Lunatic asylums Madras 1892-1911 - 1892-1911
Year: 1892
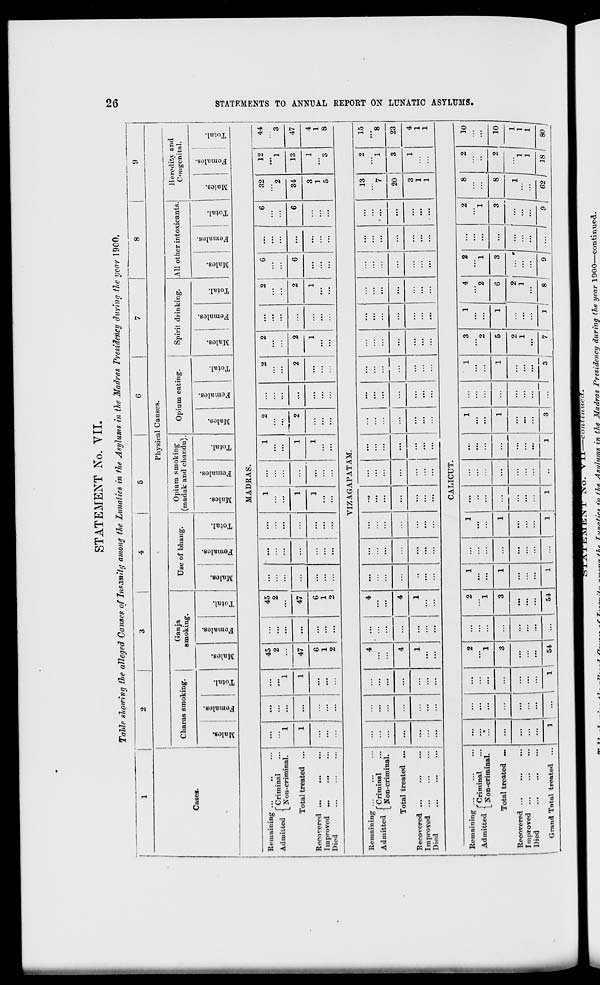
STATEMENT No. VII.
Tahle showing the alleged Causes of Ins an it if among the Lunatics in the Asylums in the Madras Presidency during the year 1900,
8
f
9
to
Physical Causes.
Charas smoking 1 .
Ganja
smoking
Use of bhang.
Opium smoking
(madak and chandu).
Opium eating.
Spirit drinking.
All other intoxicants.
Heredity and
Congenital.
Cases.
m
■
.
DO
m
CO
CO
. |
00
m
o
o
O
o
o
<D
oo
"5
DO
eS
•
CD
"5
_;
DO
a
•
DO
cS
CO
cj
DO
ce
DO
"a
-a
.
2
o
d
V
"3
S
o
d
o
"3
1
d
o
O
a
d
-3
6
co"
o
'S
6
<0
c5
O
C
13
0
D
d
O
"3
S 1 -S
o
o
3
fe
H
8
fa
H
a fa EH 8 fa EH r* fa £H r3 i fa H S fa EH S fa H
MADRAS.
oo
f3
E»
>-3
SJ
H
re
a
ID
t-3
©
d
►
w
w
o
Si
i-3
O
a
•-3
r"
08
riminal
on-criminal.
Remaining
Admitted \ v
Total treated
Recovered ...
Improved ...
Died
45
45
1- ...
1
...
1
2
2
2
2
6
6
32
12
2
2
...
...
1
...
1
...
...
...
...
...
...
...
...
2
...
...
...
...
...
...
2
1
1
...
1
47
...
47
...
...
1
...
1
...
2
2
1
2
6
...
6
34
13
...
6
...
6
...
1
...
1
...
...
...
1
...
...
3
1
...
1
...
1
...
...
...
...
...
...
...
...
...
...
...
1
...
...
...
2
...
2
...
...
...
...
...
...
...
...
...
...
...
5
S
44
3
47
VIZ A GAP AT AM.
Remaining
Admitted f Criminal
{_ Non-criminal.
Total treated ...
Recovered
Improved
Died
4
4
1
...
...
...
...
...
...
...
...
...
...
...
...
...
...
...
...
...
...
...
...
...
...
...
...
...
...
...
...
...
...
...
...
...
...
...
...
...
...
...
...
...
...
...
...
...
...
...
...
...
...
...
...
...
...
...
...
...
...
...
...
...
...
...
...
...
...
13
"7
20
CALICUT.
15
23
Remaining ...
»J -- - f Criminal
Admitted < „
- ■ >
|_ Non-criminal.
'.'.
...
...
2
1
...
2
1
1
...
1
...
...
1
...
1
3
2
1
4
2
2
1
...
2
1
8
2
10
Total treated ...
...
...
...
3
...
3
1
...
1
...
...
...
1
1
5
1
6
3
3
8
2
10
Recovered ...
Improved ...
Died
...
...
...
...
...
...
...
...
...
...
...
...
...
...
2
1
2
1
Ei El = 1 , i !
Grand Total treated
1
... |
1
54
...
54
1
1
1
••
1
3
... 1 .| 7i 3 ! • I 0 j ... 1 9 \ 62 j 18 I 80 J
■ -'
-tT - -77
7 /"/_
„_ »/• T.,r
.v..
JN O. V J~L—-conttnucc
+i>a Tun/ttinst in flip. Asiilutns in the Madras Presidency during the year 1900—continued.